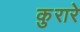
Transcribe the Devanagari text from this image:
कुरारे